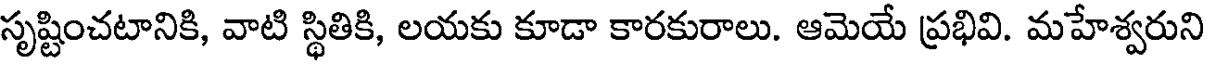
సృష్టించటానికి, వాటి స్థితికి, లయకు కూడా కారకురాలు. ఆమెయే ప్రభివి. మహేశ్వరుని